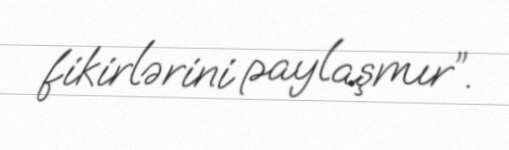
fikirlərini paylaşmır”.